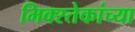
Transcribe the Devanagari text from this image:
मिक्स्तेकांच्या